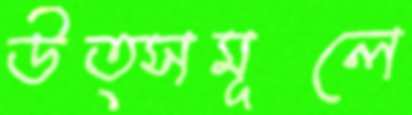
উত্সমূলে